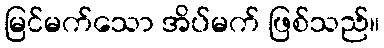
မြင်မက်သော အိပ်မက် ဖြစ်သည်။